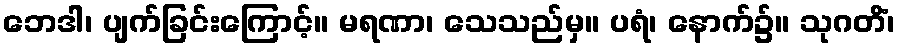
ဘေဒါ၊ ပျက်ခြင်းကြောင့်။ မရဏာ၊ သေသည်မှ။ ပရံ၊ နောက်၌။ သုဂတိံ၊